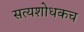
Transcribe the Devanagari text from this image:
सत्यशोधकच